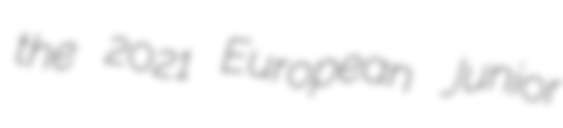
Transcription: the 2021 European Junior